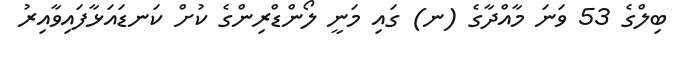
ބިލްގެ 53 ވަނަ މާއްދާގެ (ނ) ގައި މަނީ ލޯންޑްރިންގެ ކުށް ކަނޑައަޅާފައިވާއިރު